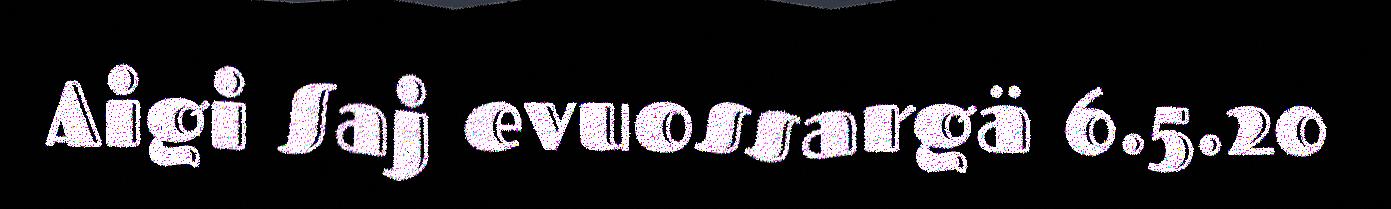
Aigi Saj evuossargä 6.5.20